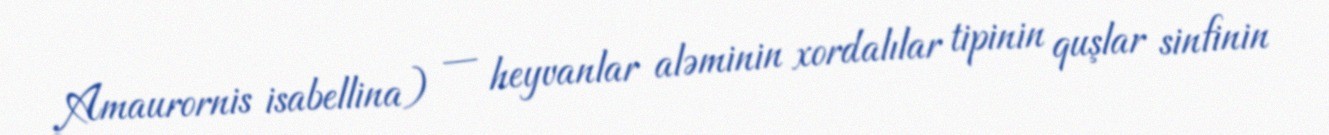
Amaurornis isabellina) — heyvanlar aləminin xordalılar tipinin quşlar sinfinin